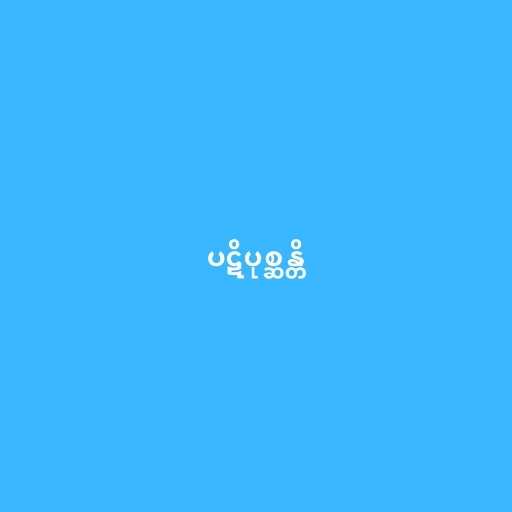
ပဋိပုစ္ဆန္တိ